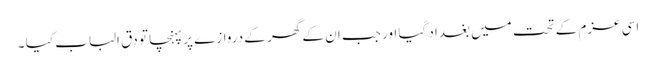
اسی عزم کے تحت میں بغداد گیا اور جب ان کے گھر کے دروازے پر پہنچا تو دق الباب کیا ۔